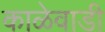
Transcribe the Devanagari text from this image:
काळेवाडी